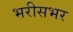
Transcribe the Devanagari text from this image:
भरीसभर